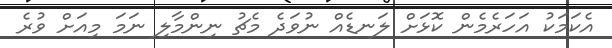
އެކަމަކު އަހަރެމެން ކޮޅަށް ލަނޑެއް ނުވަދެ މެޗު ނިންމާލި ނަމަ މިއަށް ވުރެ